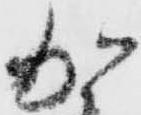
加